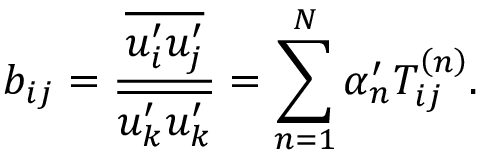
b _ { i j } = \frac { \overline { { u _ { i } ^ { \prime } u _ { j } ^ { \prime } } } } { \overline { { u _ { k } ^ { \prime } u _ { k } ^ { \prime } } } } = \sum _ { n = 1 } ^ { N } \alpha _ { n } ^ { \prime } T _ { i j } ^ { \left( n \right) } .